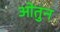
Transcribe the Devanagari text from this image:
ओतुन